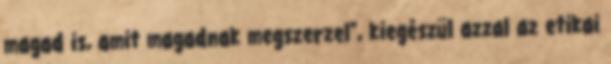
magad is, amit magadnak megszerzel", kiegészül azzal az etikai